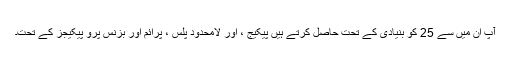
آپ ان میں سے 25 کو بنیادی کے تحت حاصل کرتے ہیں پیکیج ، اور لامحدود پلس ، پرائم اور بزنس پرو پیکیجز کے تحت۔